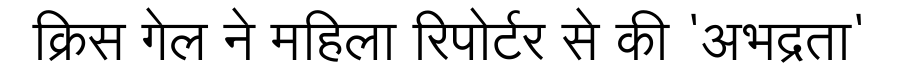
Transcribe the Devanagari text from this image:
क्रिस गेल ने महिला रिपोर्टर से की 'अभद्रता'